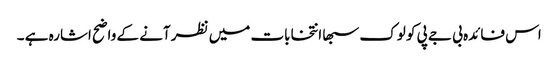
اس فائدہ بی جے پی کو لوک سبھا انتخابات میں نظر آنے کے واضح اشارہ ہے ۔